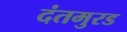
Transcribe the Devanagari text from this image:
दंतमुरड